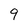
Character: 9